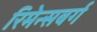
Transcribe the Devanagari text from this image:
रिमेन्सबर्ग